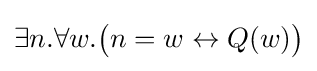
\exists n.\forall w.{\big (}n=w\leftrightarrow Q(w){\big )}